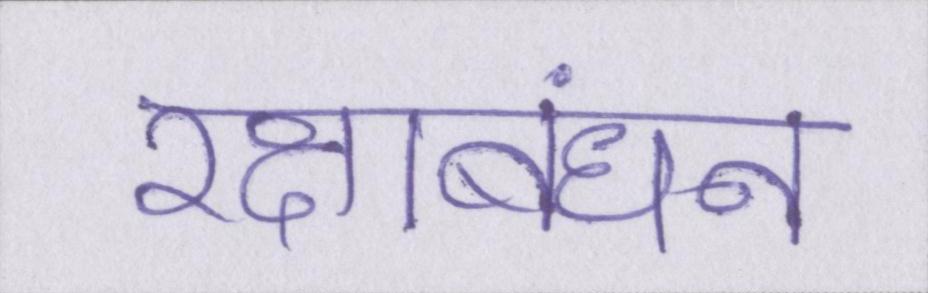
रक्षाबंधन